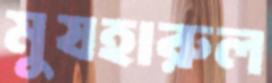
মুযহারুল